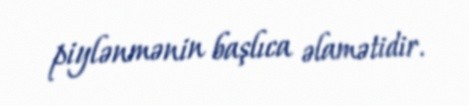
piylənmənin başlıca əlamətidir.